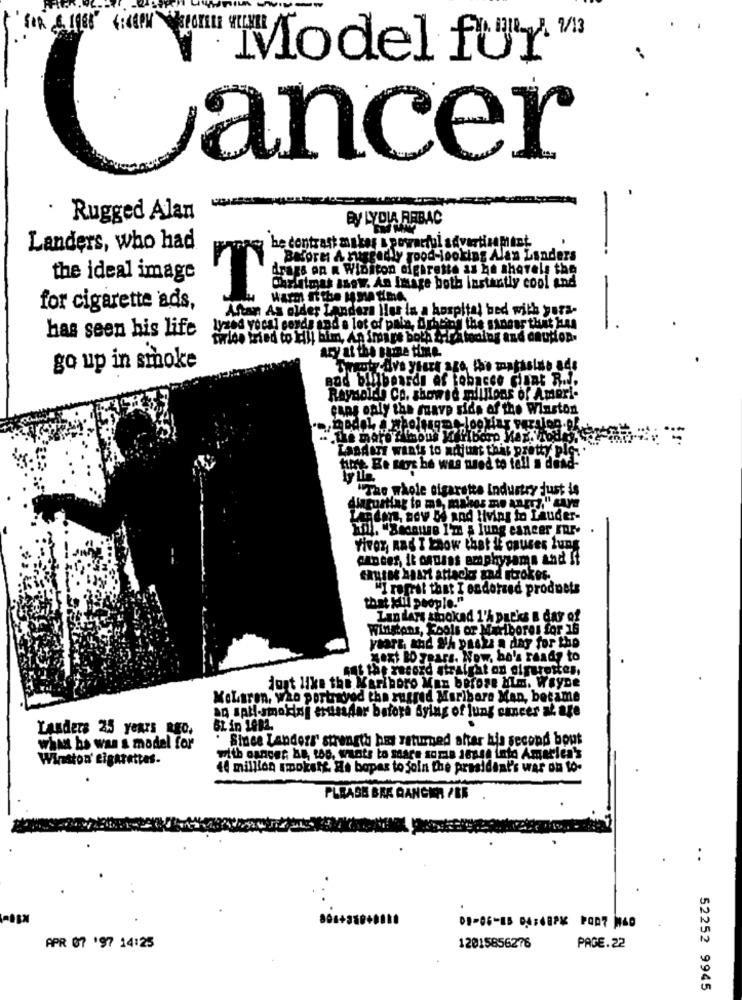
Model fur "
ancer
Rugged Alan
By LYDIA RABAC
Landers, who had
be contrast makes I powerful advertisement
Before: A ruggedly good-looking Alan Landers
the ideal image
Christmas ssow. An Image both Instantly cool and
Warm If the 1 ma time.
for cigarette ads,
Antan As older Landers |les in a hospital bed with yura-
has seen his life
lyzed vocal cords and a lot of pain, Arhting the sangar that Has
tirlos tried to Hill him, An image both thestodlog and caution.
ary at the same time.
go up in smoke
and billboards of tobacco diant R ...
Reynoldb Co. showed millions of Ameri-
cans only the mave side of the Winston
.a, aodol iwholesome looking version of.
.. the more & iaous Marlboro Kax.Trods
Landart wants to adjust this pretty plc ...
time. Be says he was wed to tell i dend"
"The whole sigaretta Industry just is
Hiatusflag to ms, makes me angry." gaye
dms, ady De and living to Lauder-
Til. "Because I'm & lung cancer Inr-
Viver, And I Know that if causes fung
cances, It canins emphysama and It
causas heart attacks zad strokes.
"I rapril that I endotzed products
that kill people."
Lan ders smoked 1'A parks & day of
winstons, Fools or Maribores for 16
years, and NA pasky a day for the
Next BO years. Now. bo's ready to
sut the record straight on cigarettes,
just like the Marlboro Man berose Mm. WhyDe
KoLaren, who portrayed the rugged Maribare Man, became
aq sall-smoking ernesdar before dying of lung cancer at age
Landers 25 years ago,
BL in 1992.
" Since Landers strength has returned after his second bout
what he was s model for
Winston' cigarettes.
with cancer ãa, too. wants to share some sense into Amarlen's
40 million smookett. He bopas to join the president's war on to.
PLEASE BRE QANCHE PER
08-06-15 04:48PM PORT W40
APR 07 '97 14:25
12015856276
PAGE.22
52252 9945